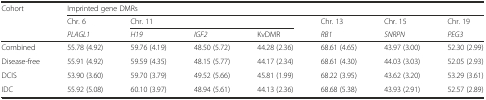
<table><thead><tr><td rowspan="3"><b>Cohort</b></td><td colspan="7"><b>Imprinted gene DMRs</b></td></tr><tr><td><b>Chr. 6</b></td><td colspan="3"><b>Chr. 11</b></td><td><b>Chr. 13</b></td><td><b>Chr. 15</b></td><td><b>Chr. 19</b></td></tr><tr><td><b><i>PLAGL1</i></b></td><td><b><i>H19</i></b></td><td><b><i>IGF2</i></b></td><td><b>KvDMR</b></td><td><b><i>RB1</i></b></td><td><b><i>SNRPN</i></b></td><td><b><i>PEG3</i></b></td></tr></thead><tbody><tr><td>Combined</td><td>55.78 (4.92)</td><td>59.76 (4.19)</td><td>48.50 (5.72)</td><td>44.28 (2.36)</td><td>68.61 (4.65)</td><td>43.97 (3.00)</td><td>52.30 (2.99)</td></tr><tr><td>Disease-free</td><td>55.91 (4.92)</td><td>59.59 (4.35)</td><td>48.15 (5.77)</td><td>44.17 (2.34)</td><td>68.61 (4.30)</td><td>44.03 (3.03)</td><td>52.05 (2.93)</td></tr><tr><td>DCIS</td><td>53.90 (3.60)</td><td>59.70 (3.79)</td><td>49.52 (5.66)</td><td>45.81 (1.99)</td><td>68.22 (3.95)</td><td>43.62 (3.20)</td><td>53.29 (3.61)</td></tr><tr><td>IDC</td><td>55.92 (5.08)</td><td>60.10 (3.97)</td><td>48.94 (5.61)</td><td>44.13 (2.36)</td><td>68.68 (5.38)</td><td>43.93 (2.91)</td><td>52.57 (2.89)</td></tr></tbody></table>